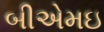
બીએમઇ